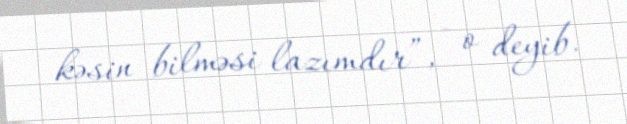
kəsin bilməsi lazımdır”, - o deyib.